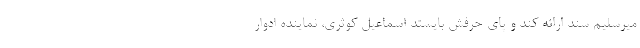
میرسلیم سند ارائه کند و پای حرفش بایستد اسماعیل کوثری، نماینده ادوار